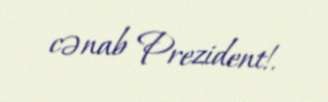
cənab Prezident!.